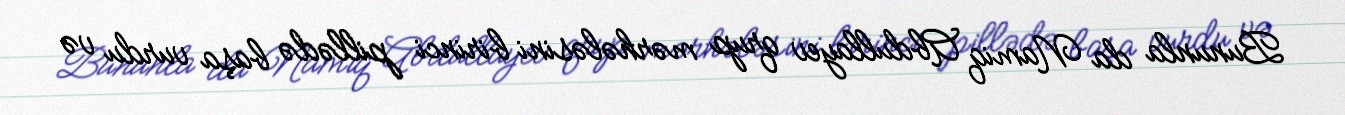
Bununla da Namiq Abdullayev qrup mərhələsini birinci pillədə başa vurdu və